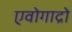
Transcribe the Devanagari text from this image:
एवोगाद्रो